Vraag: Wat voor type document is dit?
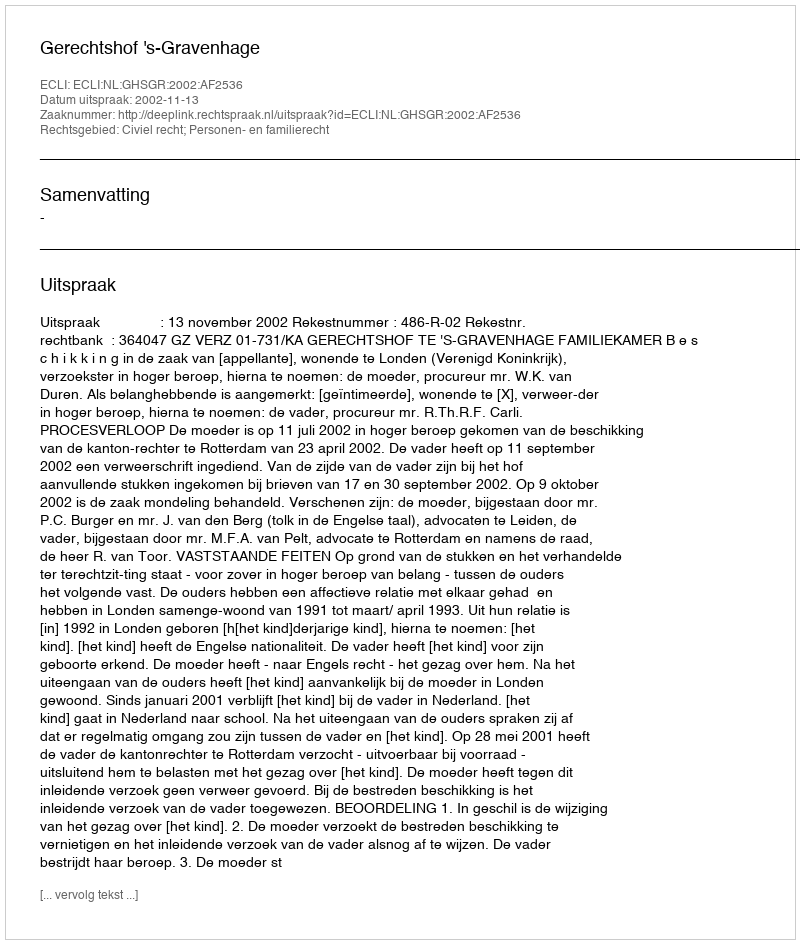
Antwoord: Uitspraak